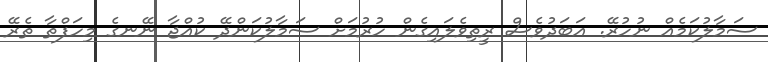
ސަމާލުކަމެއް ނުހުރޭ. އަބަދުވެސް ރީތިވެލައިގެން ހުރުމަށް ސަމާލުކަންދޭ ކުއްޖާ ނޭނގެ މިހަފްތާ ތެރޭ